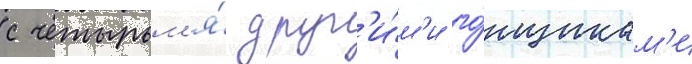
с четырьм'я́ друг'и́м'и го́нщикам'и